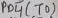
Text: PD5 (T0)